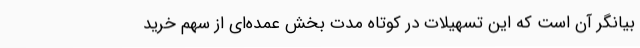
بیانگر آن است که این تسهیلات در کوتاه مدت بخش عمده‌ای از سهم خرید